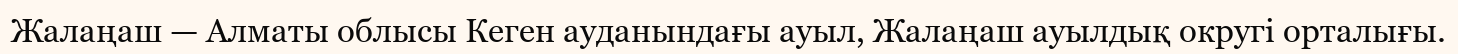
Жалаңаш — Алматы облысы Кеген ауданындағы ауыл, Жалаңаш ауылдық округі орталығы.